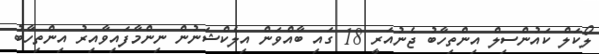
ލޯކަލް ކައުންސިލް އިންތިހާބު ޖެނުއަރީ 18 ގައި ބާއްވަން އިލެކްޝަނުން ނިންމާފައިވާއިރު އިންތިހާބު